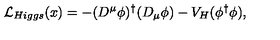
{ \cal L } _ { H i g g s } ( x ) = - ( D ^ { \mu } \phi ) ^ { \dagger } ( D _ { \mu } \phi ) - V _ { H } ( \phi ^ { \dagger } \phi ) ,